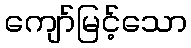
ကျော်မြင့်သော